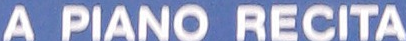
A PIANO RECITA